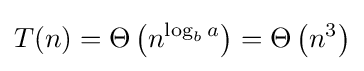
T(n)=\Theta \left(n^{\log _{b}a}\right)=\Theta \left(n^{3}\right)